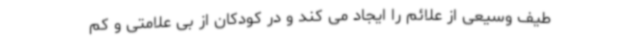
طیف وسیعی از علائم را ایجاد می کند و در کودکان از بی علامتی و کم